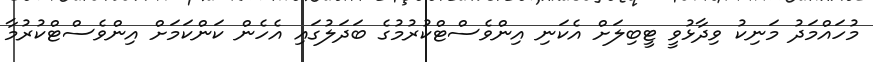
މުހައްމަދު މަނިކު ވިދާޅުވީ ޓީބިލަށް އެކަނި އިންވެސްޓްކުރުމުގެ ބަދަލުގައި އެހެން ކަންކަމަށް އިންވެސްޓްކުރުމާ